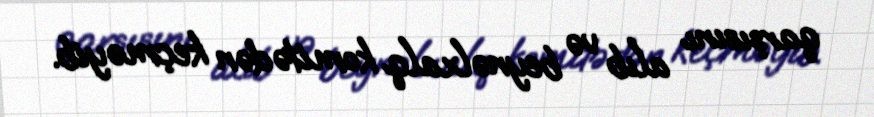
qarşısını alıb və beynəlxalq komitədən keçməyib.